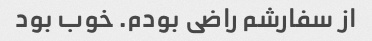
از سفارشم راضی بودم. خوب بود